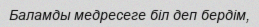
Баламды медресеге біл деп бердім,